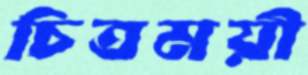
চিত্রময়ী